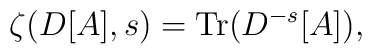
\zeta(D[A],s)=\mbox{Tr}(D^{-s}[A]),